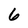
Character: 6